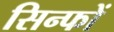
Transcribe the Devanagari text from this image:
सिन्फों